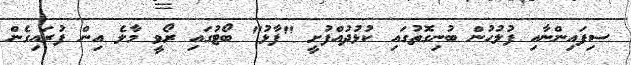
ސިފައިންނާއި ފުލުހުން ބުނިގޮތުގައި ކުޅުދުއްފުށީ "ފާޅު" ބޯޓުގައި ރޯވީ މާލެ އިން ފުރައިގެން